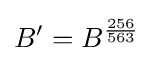
B'=B^{\frac {256}{563}}